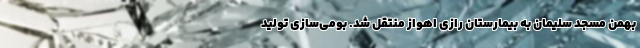
بهمن مسجد سلیمان به بیمارستان رازی اهواز منتقل شد. بومی‌سازی تولید